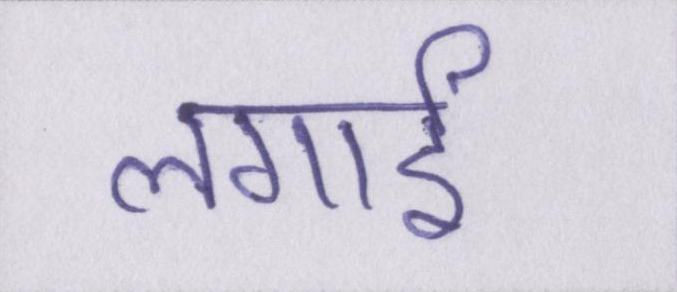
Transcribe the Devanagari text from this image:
लगाई